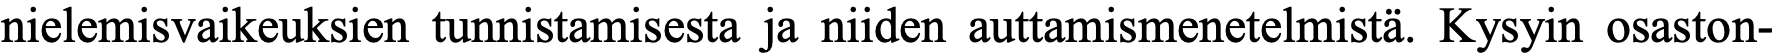
nielemisvaikeuksien tunnistamisesta ja niiden auttamismenetelmistä. Kysyin osaston-